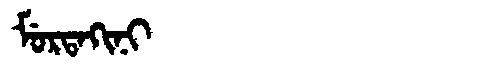
Manchu: ᠮᡠᡵᡨᠠᡴᡳᠨᡳ
Romanization: MURTAKINI